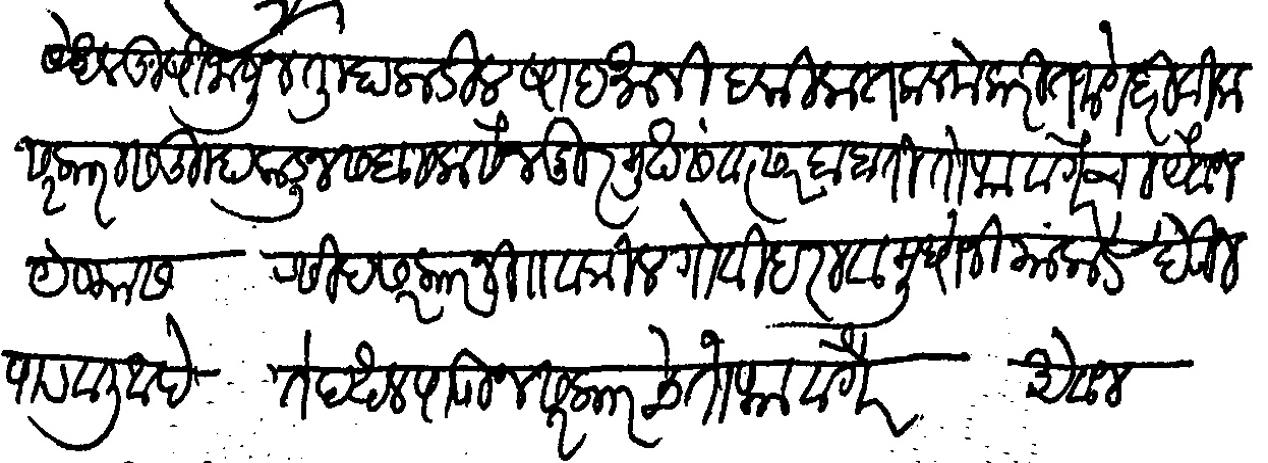
Transliteration (Devanagari): येथील खुषी जानुन तुम्हाकडील षादमानी हकिकत कलमे करीत येणे दरीवीला सरकारास तुम्हाकडुन सबा सलासैन दुर्मुख संवत्सर बाबती तोफा वगैरेचा अैवज येण्यास रसीद सरकार नि वकील गोविंदराव मुधोजी यांकडे देऊन पाठवीली आहे ते दखल पाऊन सरकारचे तोफा वगैरे